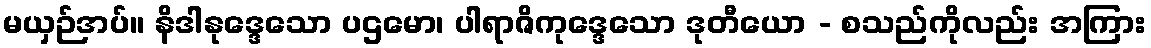
မယှဉ်အပ်။ နိဒါနုဒ္ဒေသော ပဌမော၊ ပါရာဇိကုဒ္ဒေသော ဒုတီယော - စသည်ကိုလည်း အကြား